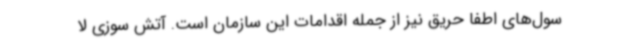
سول‌های اطفا حریق نیز از جمله اقدامات این سازمان است. آتش سوزی لا